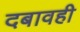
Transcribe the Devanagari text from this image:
दबावही